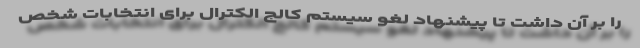
را بر آن داشت تا پیشنهاد لغو سیستم کالج الکترال برای انتخابات شخص